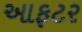
આફટર